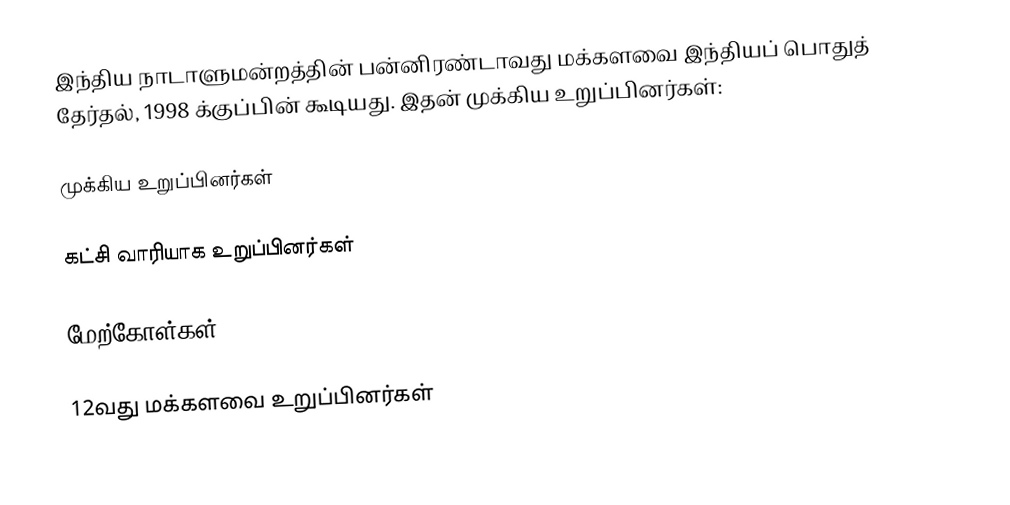
இந்திய நாடாளுமன்றத்தின் பன்னிரண்டாவது மக்களவை இந்தியப் பொதுத் தேர்தல், 1998 க்குப்பின் கூடியது. இதன் முக்கிய உறுப்பினர்கள்:

முக்கிய உறுப்பினர்கள்

கட்சி வாரியாக உறுப்பினர்கள்

மேற்கோள்கள்

12வது மக்களவை உறுப்பினர்கள்